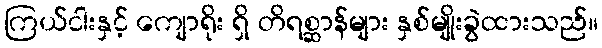
ကြယ်ငါးနှင့် ကျောရိုး ရှိ တိရစ္ဆာန်များ နှစ်မျိုးခွဲထားသည်။